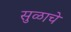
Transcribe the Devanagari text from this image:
सुळाचे